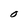
Character: O